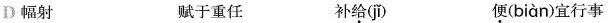
D幅射 赋于重任 补给( jǐ ) 便( biàn )宜行事